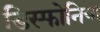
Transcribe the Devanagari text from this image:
डिस्फोनिया